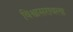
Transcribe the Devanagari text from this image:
विश्वासरावला